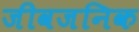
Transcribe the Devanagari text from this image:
जीवजनिक